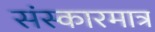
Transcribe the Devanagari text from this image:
संस्कारमात्र